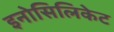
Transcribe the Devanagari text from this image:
इनोसिलिकेट